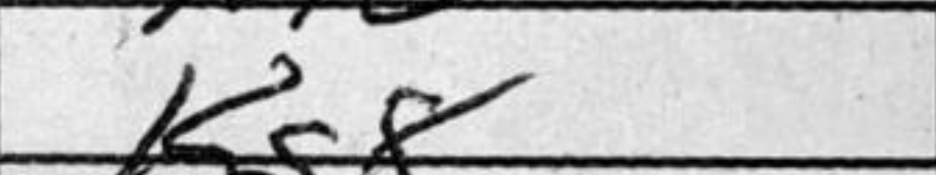
Transcription: Kg8